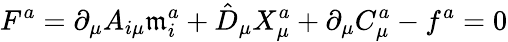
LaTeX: F^{a}=\partial_{\mu}A_{i\mu}\mathfrak{m}_{i}^{a}+\hat{{D}}_{\mu}X_{\mu}^{a}+\partial_{\mu}C_{\mu}^{a}-f^{a}=0